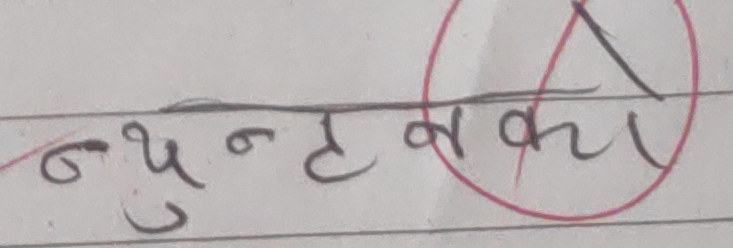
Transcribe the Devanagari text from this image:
न्युनतम्का